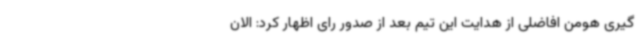
گیری هومن افاضلی از هدایت این تیم بعد از صدور رای اظهار کرد: الان